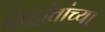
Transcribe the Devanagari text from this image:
सिद्धांतांच्या